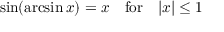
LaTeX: \sin ( \arcsin x ) = x \quad { \mathrm { f o r } } \quad | x | \leq 1